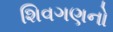
શિવગણનો